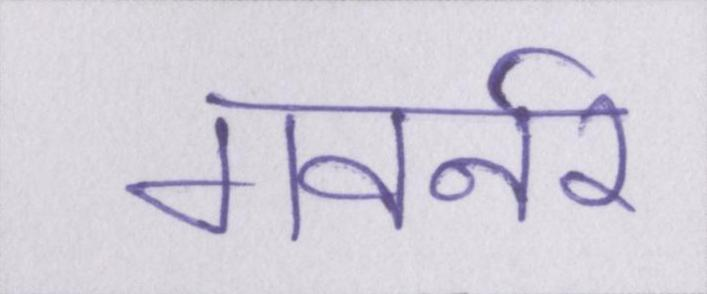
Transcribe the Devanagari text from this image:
गवर्नर